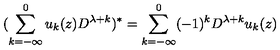
( \sum _ { k = - \infty } ^ { 0 } u _ { k } ( z ) D ^ { \lambda + k } ) ^ { * } = \sum _ { k = - \infty } ^ { 0 } ( - 1 ) ^ { k } D ^ { \lambda + k } u _ { k } ( z )